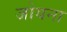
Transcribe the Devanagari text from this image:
जोयना